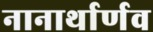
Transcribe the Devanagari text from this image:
नानार्थार्णव